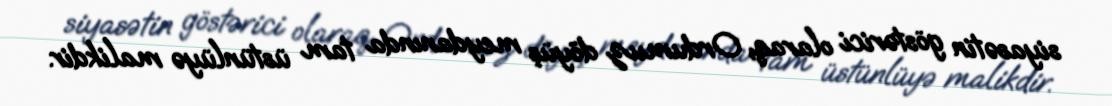
siyasətin göstərici olaraq, Ordumuz döyüş meydanında tam üstünlüyə malikdir.